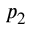
p _ { 2 }